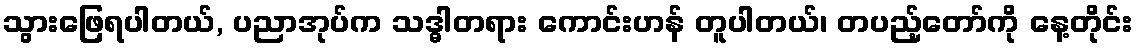
သွားဖြေရပါတယ်, ပညာအုပ်က သဒ္ဓါတရား ကောင်းဟန် တူပါတယ်၊ တပည့်တော်ကို နေ့တိုင်း